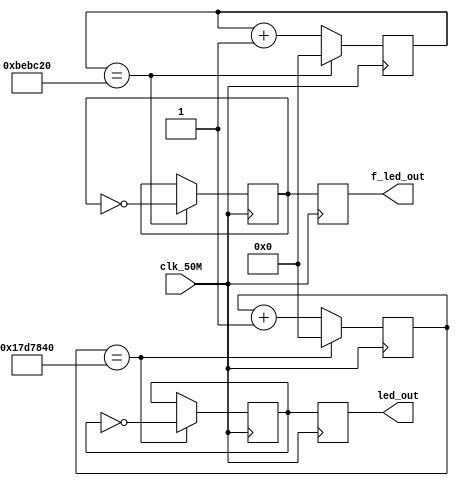


module ledwater (clk_50M,led_out,f_led_out);
input   clk_50M;       //??????50M
                       //????????50,000,000HZ
output  led_out;       //???????
output  f_led_out;     //???????

reg [24:0] count;  //??????25000000?? ??
reg [24:0] f_count;//??????12500000?? 0.5?

reg  div_clk, f_div_clk;
reg  led_out, f_led_out;



//?????????????
always @ ( posedge clk_50M )
begin
if ( count==25000000 )
 begin     //??????????????50,000,000HZ
           //?????count??????????25,000,000HZ
  div_clk<=~div_clk;  //?????????0.5?????????
                      //????????1Hz??????
   count<=0;          //???????
  end
else
  count<=count+1;     //??????
  led_out<=div_clk;  //??????????????????
                      //?LED????????
end 

//????????0.5????
always @ ( posedge clk_50M )
begin
if ( f_count==12500000 )    //?????count??????????12,500,000HZ
 begin
  f_div_clk<=~f_div_clk;    //?????????0.25?????????
                            //????????0.5???2HZ?
   f_count<=0;
  end
else
  f_count<=f_count+1;      //??????
  f_led_out<=f_div_clk;   //??????????????????
                           //?LED????????
end

endmodule